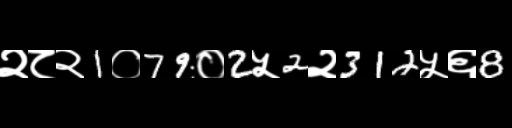
Text: २८२1०79०2५2२312५६8